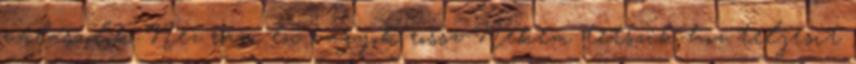
válaszolok Néz rám én vagyok rossz Nekem tetszik-hoz teljesít